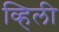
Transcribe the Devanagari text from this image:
व्हिली